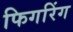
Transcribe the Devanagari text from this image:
फिगरिंग